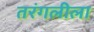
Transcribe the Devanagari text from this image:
तरंगलीला